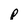
Character: p